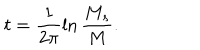
LaTeX: t = \frac { 1 } { 2 \pi } \ln \frac { M _ { s } } { M } .